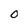
Character: 0